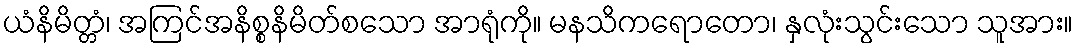
ယံနိမိတ္တံ၊ အကြင်အနိစ္စနိမိတ်စသော အာရုံကို။ မနသိကရောတော၊ နှလုံးသွင်းသော သူအား။